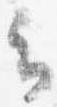
云